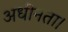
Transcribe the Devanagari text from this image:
अधीनता।